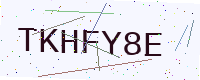
Text: TKHFY8E